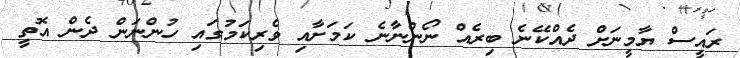
ރައީސް ޔާމީނަށް ދެއްކޭނެ ބިރެއް ނޯންނާނެ ކަމަށާއި ވެރިކަމުގައި ހުންނަން ދެން އޮތީ